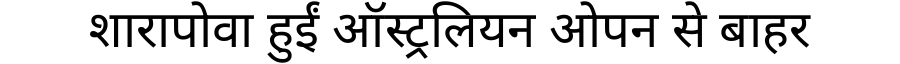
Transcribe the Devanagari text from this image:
शारापोवा हुईं ऑस्ट्रलियन ओपन से बाहर